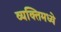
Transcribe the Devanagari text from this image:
व्यक्तिमध्ये